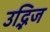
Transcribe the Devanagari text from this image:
उद्भिज